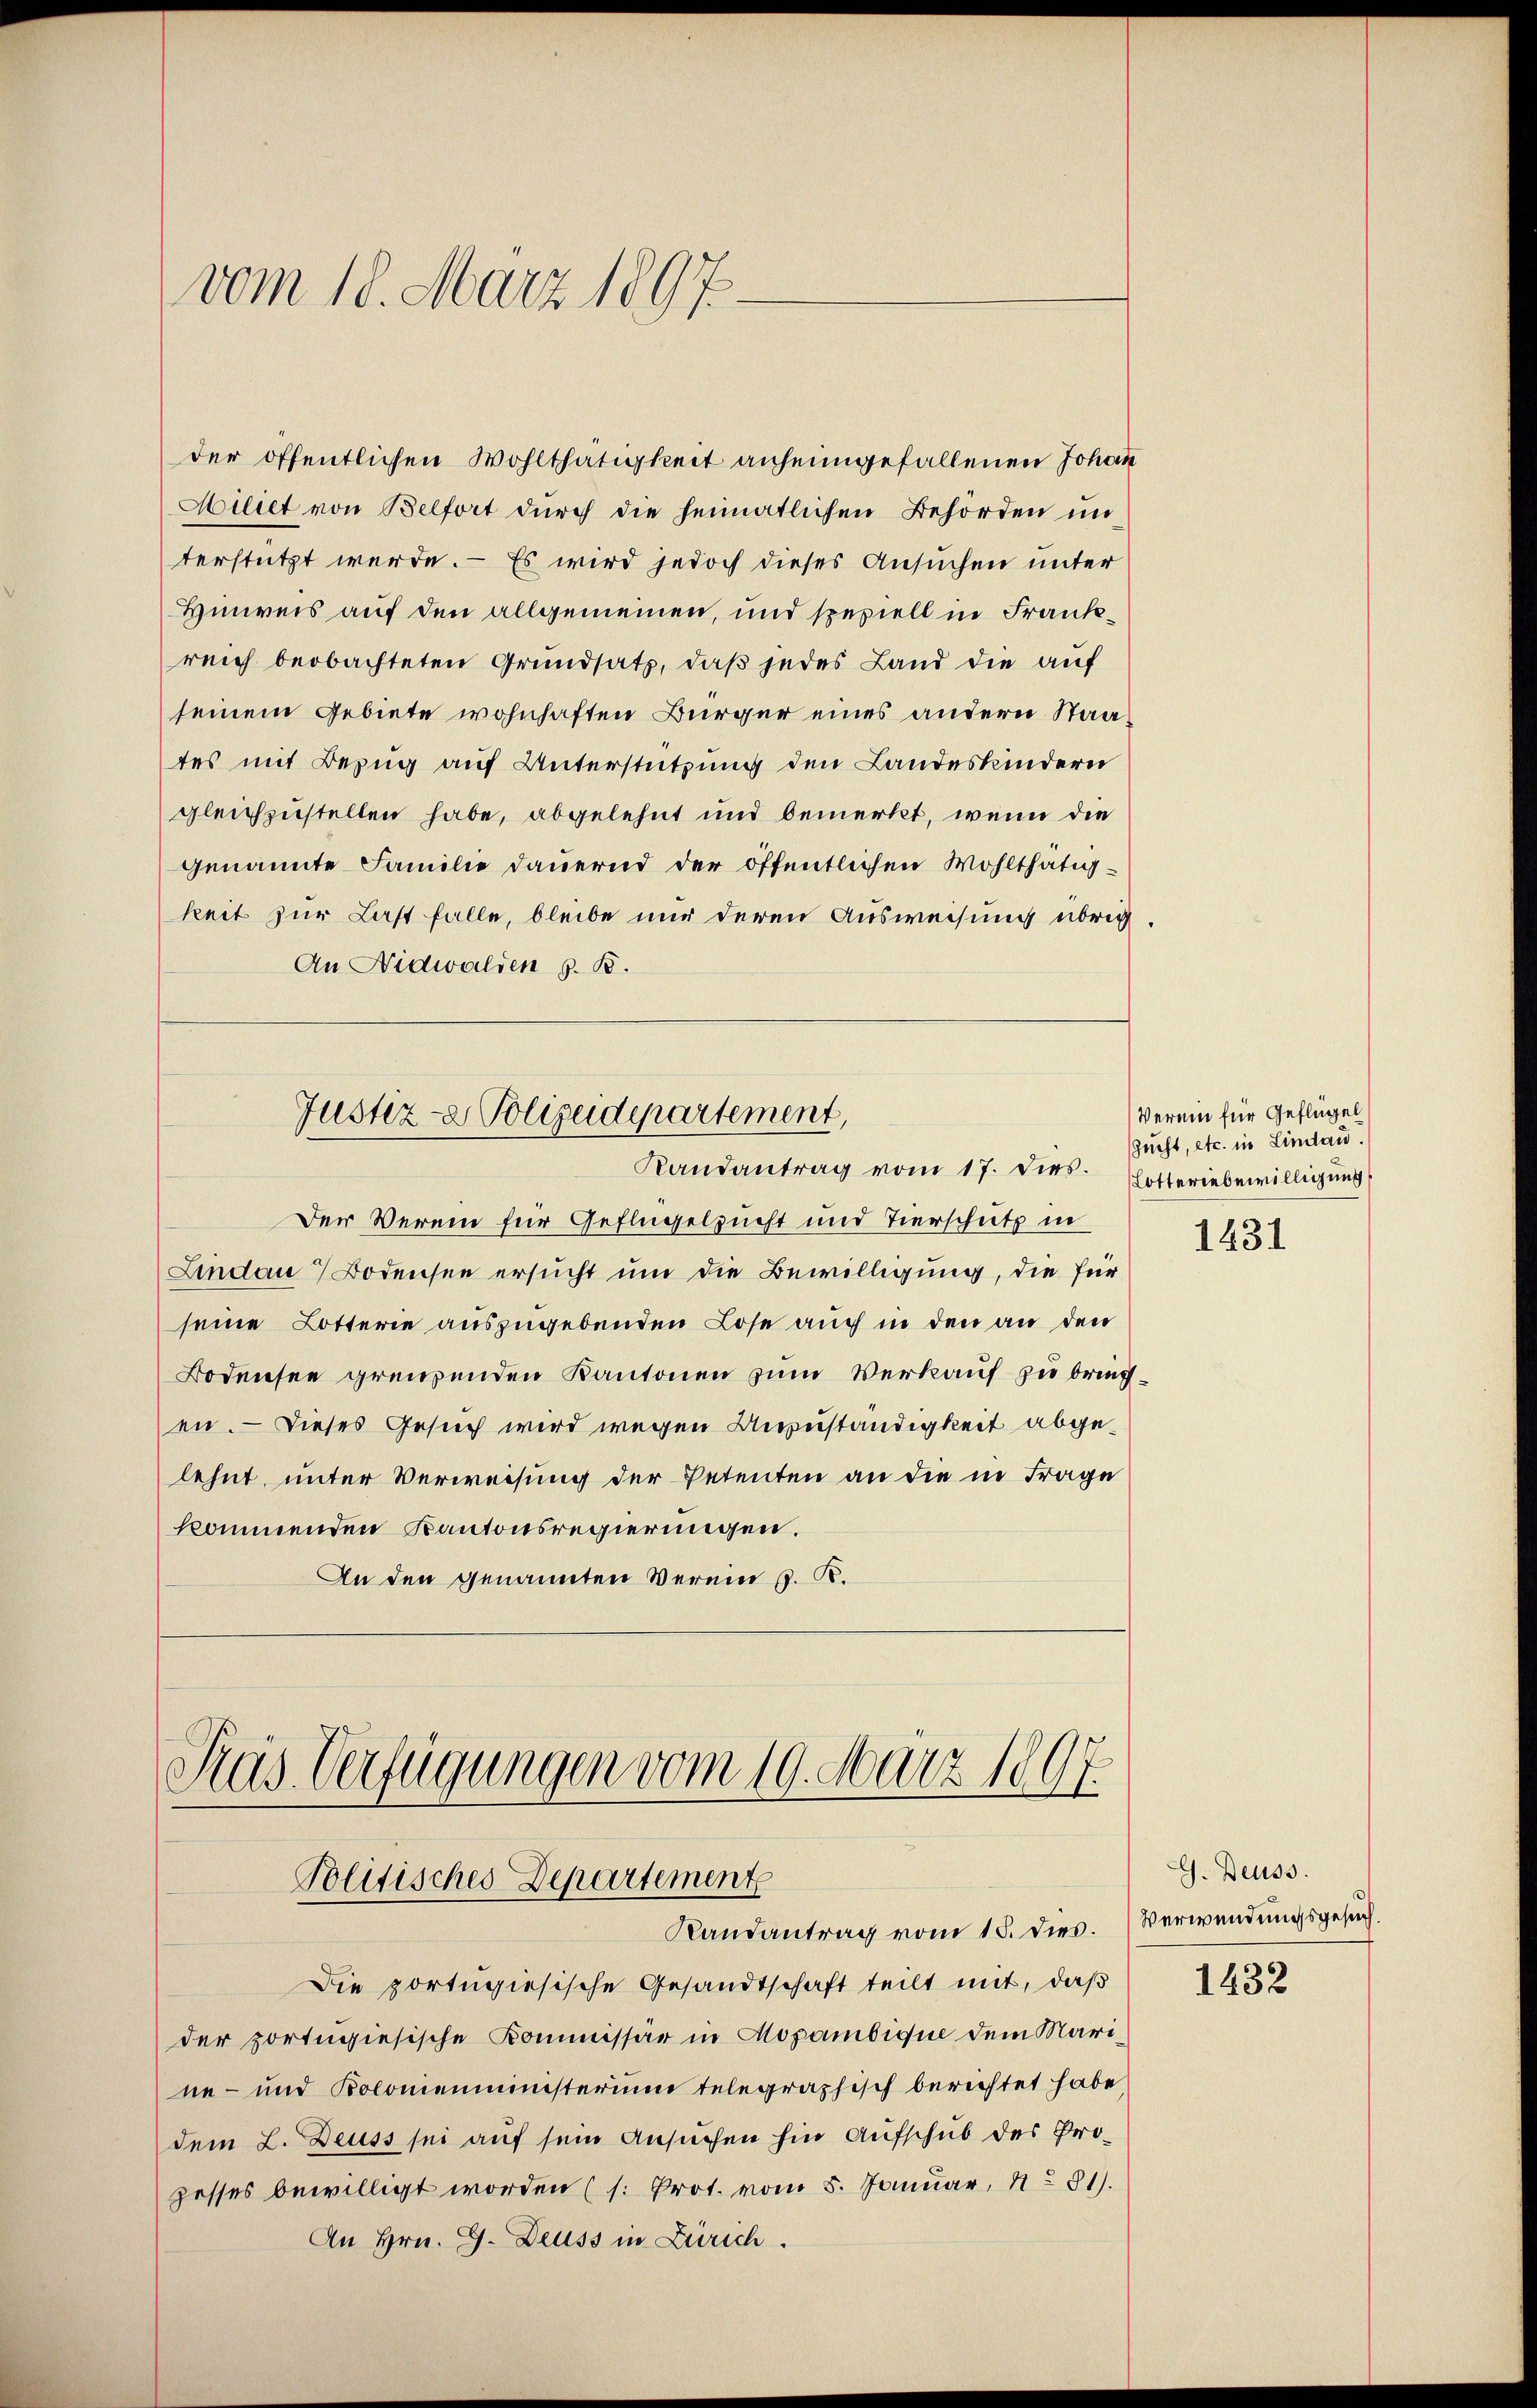
vom 18. März 1897.

der öffentlichen Wohlthätigkeit anheimgefallenen Johann
Miliet von Belfort durch die heimatlichen Behörden im
terstützt werde. – Es wird jedoch dieses Ansuchen unter
Hinweis auf den allgemeinen, und speziell in Frankreich beobachteten Grundsatz, daß jedes Land die auf
seinem Gebiete wohnhaften Bürger eines andern Staates mit Bezug auf Unterstützung den Landeskindern
gleichzustellen habe, abgelehnt und bemerkt, wenn die
genannte Familie dauernd der öffentlichen Wohlthätigkeit zur Last falle, bleibe nur deren Ausweisung übrig
An Nidwalden z. B.
Justiz- & Polizeidepartement,
Randantrag vom 17. dies. Lotteriebewilligung
Der Verein für Geflügelsucht und Tierschutz in
Lindau Bodensee ersucht um die Bewilligung, die für
seine Lotterie auszugebenden Lose auch in den an den
Bodensee grenzenden Kantonen zum Verkauf zu bring
en. — Dieses Gesuch wird wegen Anzuständigkeit abgelehnt, unter Verweisung der Petenten an die in Frage
kommenden Kantonsregierungen.
An den genannten Verein G. K.

Die portugiesische Gesandtschaft teilt mit, daß
der portugiesische Kommissar in Mopambique dem Marine- und Kolonienministerium telegraphisch berichtet habe,
dem L. Deuss sei auf sein Ansuchen hin Aufschub des Prozesses bewilligt worden (s. Prot. vom 5. Januar, 281).
An Hrn. G. Deuss in Zürich.

Kas Verfügungen vom 19. März 1897.
Politisches Departemente
Randantrag vom 15. dies.

Verein für Geflügel
Zucht, etc. in Lindau.

1431

G. Deuss.
Verwendungsgesuch

1432